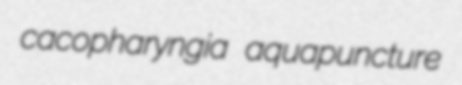
cacopharyngia aquapuncture